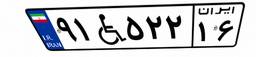
۷۸W۹۱۵۵۷